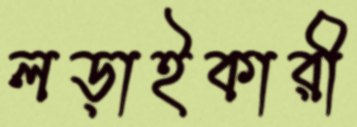
লড়াইকারী